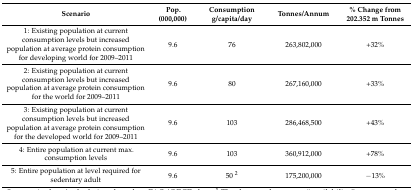
<table><thead><tr><td><b>Scenario</b></td><td><b>Pop. (000,000)</b></td><td><b>Consumption g/capita/day</b></td><td><b>Tonnes/Annum</b></td><td><b>% Change from 202.352 m Tonnes</b></td></tr></thead><tbody><tr><td>1: Existing population at current consumption levels but increased population at average protein consumption for developing world for 2009–2011</td><td>9.6</td><td>76</td><td>263,802,000</td><td>+32%</td></tr><tr><td>2: Existing population at current consumption levels but increased population at average protein consumption for the world for 2009–2011</td><td>9.6</td><td>80</td><td>267,160,000</td><td>+33%</td></tr><tr><td>3: Existing population at current consumption levels but increased population at average protein consumption for the developed world for 2009–2011</td><td>9.6</td><td>103</td><td>286,468,500</td><td>+43%</td></tr><tr><td>4: Entire population at current max. consumption levels</td><td>9.6</td><td>103</td><td>360,912,000</td><td>+78%</td></tr><tr><td>5: Entire population at level required for sedentary adult</td><td>9.6</td><td>50 <sup>2</sup></td><td>175,200,000</td><td>−13%</td></tr></tbody></table>